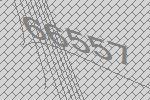
66557